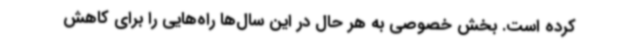
کرده است. بخش خصوصی به هر حال در این سال‌ها راه‌هایی را برای کاهش